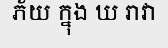
ភ័យ ក្នុង ឃ រាវា